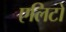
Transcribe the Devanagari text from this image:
एलिटो